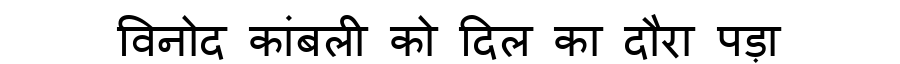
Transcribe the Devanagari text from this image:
विनोद कांबली को दिल का दौरा पड़ा